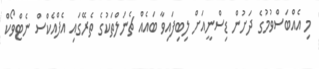
މި އެއްބަސްވުމުގެ ދަށުން ޑިސްނީއަށް ލިބިފައިވާ ބައެއް ޗެނަލްތަކުގެ ތެރޭގައި އެފްއެކްސް ނެޓްވޯކް